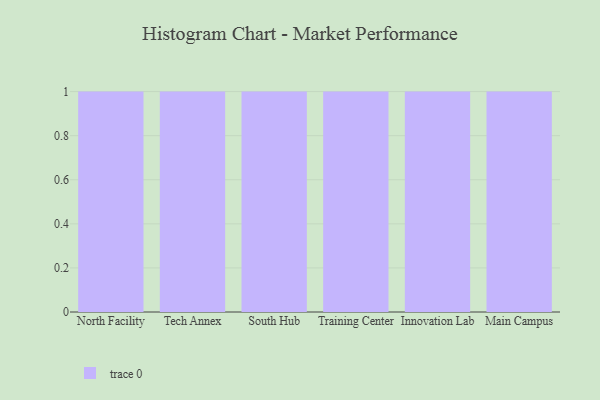
{"axis": {"x": "Campus", "y": "LTV (USD)"}, "legend": [""], "data": [{"x": "North Facility", "y": 19, "type": ""}, {"x": "Tech Annex", "y": 30, "type": ""}, {"x": "South Hub", "y": 58, "type": ""}, {"x": "Training Center", "y": 83, "type": ""}, {"x": "Innovation Lab", "y": 99, "type": ""}, {"x": "Main Campus", "y": 30, "type": ""}]}